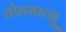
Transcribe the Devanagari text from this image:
तोहमात्सू